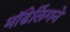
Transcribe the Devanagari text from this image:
मॉडेलिंगने